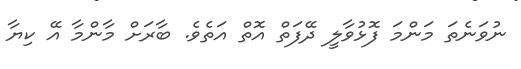
ނުވަނެތަ މަންމަ ފޮޅުވާލީ ދޭފަތް އޮތް އަތެވެ. ބާރަށް މާންމާ އޭ ކިޔާ